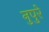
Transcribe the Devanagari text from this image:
नुपुरे